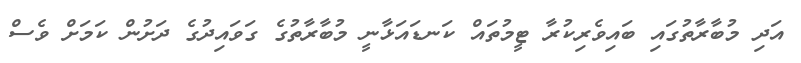
އަދި މުބާރާތުގައި ބައިވެރިކުރާ ޓީމުތައް ކަނޑައަޅާނީ މުބާރާތުގެ ގަވައިދުގެ ދަށުން ކަމަށް ވެސް